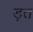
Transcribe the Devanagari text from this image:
ड़त